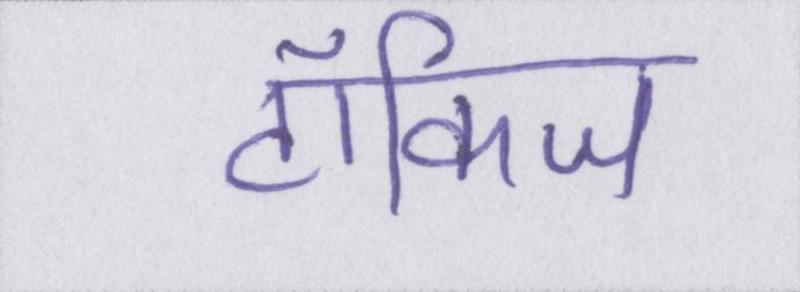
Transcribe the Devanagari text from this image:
टॉकिज